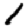
Digit: 1